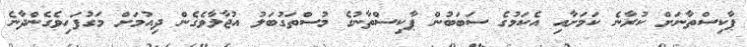
ޕާކިސްތާނަށް ކުރާނެ ކަމަށާއި އެކަމުގެ ސަބަބުން ޕާކިސްތާނުގެ މުސްތަގުބަލު އުޖާލާވެގެން ދިއުމަށް މަގުފަހިވެގެންދާނެ